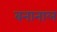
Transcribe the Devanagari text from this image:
बनानाल